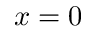
x = 0